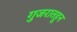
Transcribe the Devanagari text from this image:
गुजरातहून